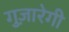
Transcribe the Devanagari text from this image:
गुज़ारेगी